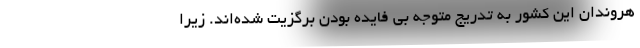
هروندان این کشور به تدریج متوجه بی فایده بودن برگزیت شده‌اند. زیرا